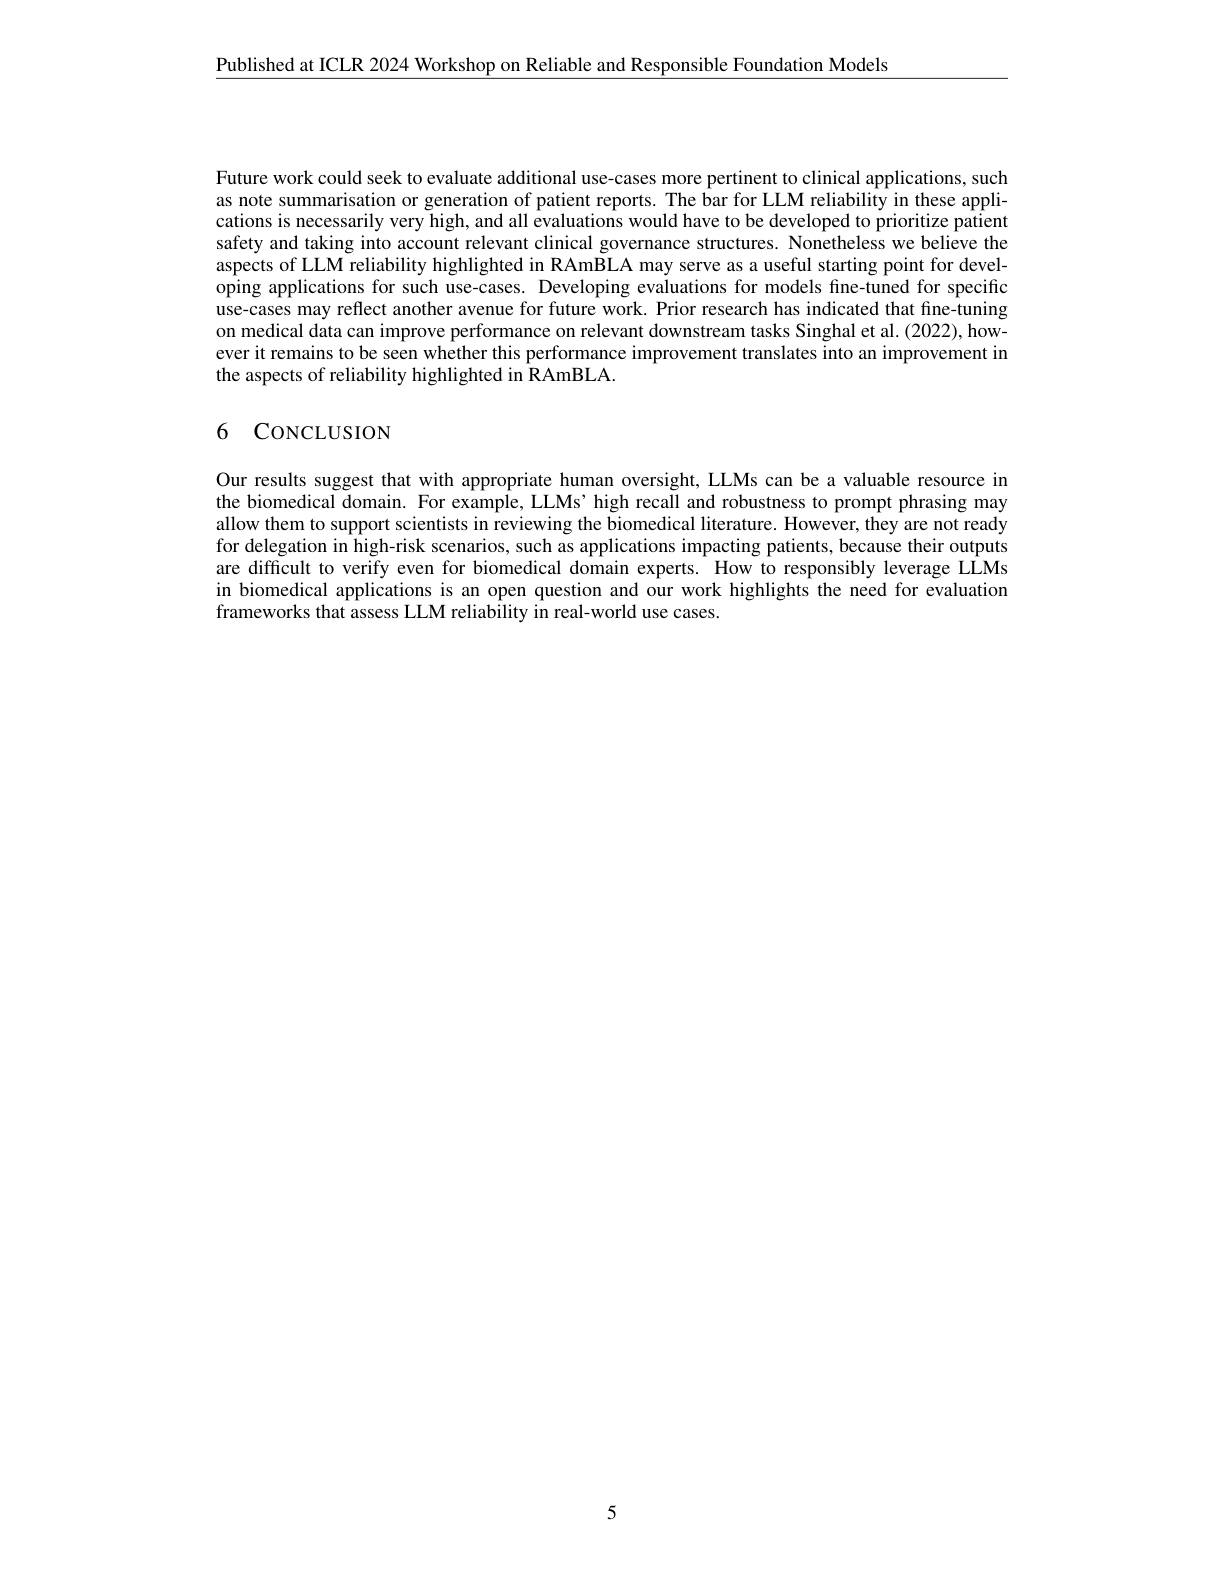
Published at ICLR 2024 Workshop on Reliable and Responsible Foundation Models

Future work could seek to evaluate additional use-cases more pertinent to clinical applications, such as note summarisation or generation of patient reports. The bar for LLM reliability in these applications is necessarily very high, and all evaluations would have to be developed to prioritize patient safety and taking into account relevant clinical governance structures. Nonetheless we believe the aspects of LLM reliability highlighted in RAm$\tilde{\text{BLA may serve as a useful starting point for devel-}}$ oping applications for such use-cases. Developing evaluations for models fine-tuned for specific use-cases may reflect another avenue for future work. Prior research has indicated that fine-tuning on medical data can improve performance on relevant downstream tasks Singhal et al. (2022), however it remains to be seen whether this performance improvement translates into an improvement in the aspects of reliability highlighted in RAmBLA.

### 6 CONCLUSION

Our results suggest that with appropriate human oversight, LLMs can be a valuable resource in the biomedical domain. For example, LLMs’high recall and robustness to prompt phrasing may allow them to support scientists in reviewing the biomedical literature. However, they are not ready for delegation in high-risk scenarios, such as applications impacting patients, because their outputs are difficult to verify even for biomedical domain experts. How to responsibly leverage LLMs in biomedical applications is an open question and our work highlights the need for evaluation frameworks that assess LLM reliability in real-world use cases.

5